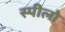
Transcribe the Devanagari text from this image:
स्पीलो